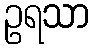
ဥရသာ